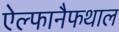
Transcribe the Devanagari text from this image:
ऐल्फानैफथाल